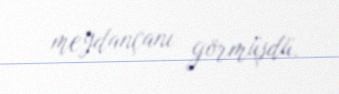
meydançanı görmüşdü.